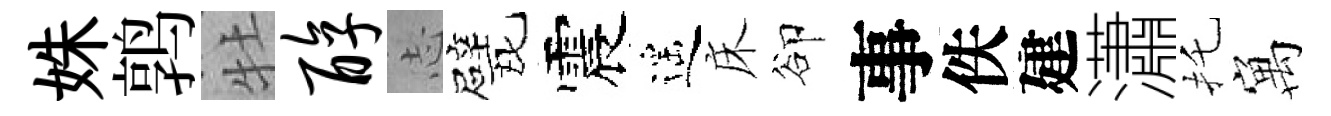
姝鹑牡醇𢖽戏震遥床卻事佚建瀟托寓